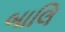
બાલિ